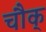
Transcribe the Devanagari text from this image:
चौक्